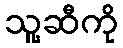
သူ့ဆီကို